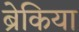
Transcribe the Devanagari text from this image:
ब्रेकिया